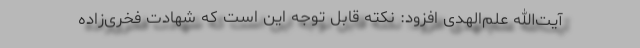
آیت‌الله علم‌الهدی افزود: نکته قابل توجه این است که شهادت فخری‌زاده